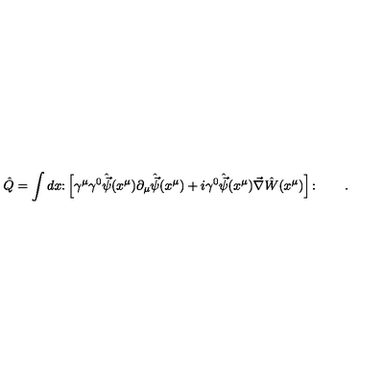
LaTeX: \hat { Q } = \int d x \colon \left[ \gamma ^ { \mu } \gamma ^ { 0 } \hat { \vec { \psi } } ( x ^ { \mu } ) \partial _ { \mu } \hat { \vec { \psi } } ( x ^ { \mu } ) + i \gamma ^ { 0 } \hat { \vec { \psi } } ( x ^ { \mu } ) \vec { \nabla } \hat { W } ( x ^ { \mu } ) \right] \colon \qquad .